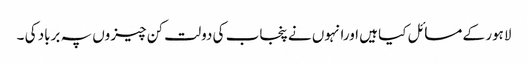
لاہور کے مسائل کیا ہیں اورانہوں نے پنجاب کی دولت کن چیزوں پہ برباد کی ۔